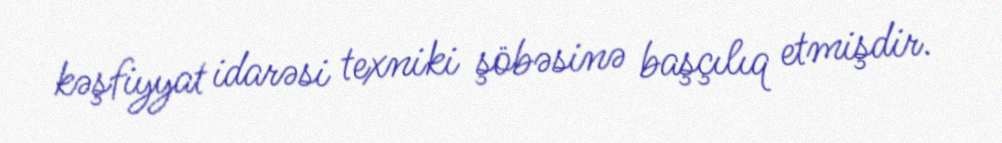
kəşfiyyat idarəsi texniki şöbəsinə başçılıq etmişdir.